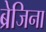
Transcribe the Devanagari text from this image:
ब्रेजिना